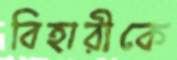
বিহারীকে